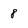
Character: 8